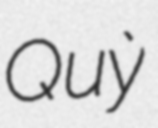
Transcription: Quỳ